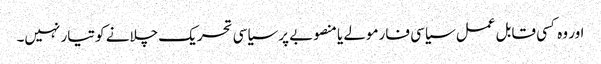
اور وہ کسی قابل عمل سیاسی فارمولے یا منصوبے پر سیاسی تحریک چلانے کو تیار نہیں۔